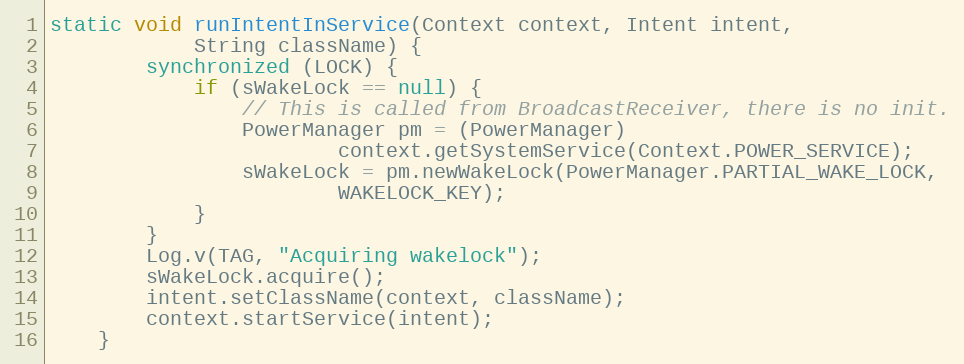
Language: Java
static void runIntentInService(Context context, Intent intent,
            String className) {
        synchronized (LOCK) {
            if (sWakeLock == null) {
                // This is called from BroadcastReceiver, there is no init.
                PowerManager pm = (PowerManager)
                        context.getSystemService(Context.POWER_SERVICE);
                sWakeLock = pm.newWakeLock(PowerManager.PARTIAL_WAKE_LOCK,
                        WAKELOCK_KEY);
            }
        }
        Log.v(TAG, "Acquiring wakelock");
        sWakeLock.acquire();
        intent.setClassName(context, className);
        context.startService(intent);
    }